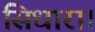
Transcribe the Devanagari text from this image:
सिधारा।